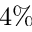
4 \%